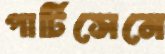
পার্টিসেনে